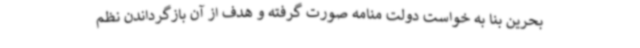
بحرین بنا به خواست دولت منامه صورت گرفته و هدف از آن بازگرداندن نظم